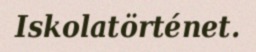
Iskolatörténet.